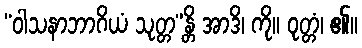
“ဝါသနာဘာဂိယံ သုတ္တ”န္တိ အာဒိ၊ ကို။ ဝုတ္တံ၊ ၏။